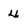
Character: 4